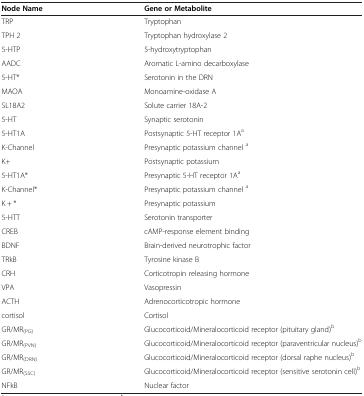
| Node Name | Gene or Metabolite |
 | --- | --- |
 | TRP | Tryptophan |
 | TPH 2 | Tryptophan hydroxylase 2 |
 | 5-HTP | 5-hydroxytryptophan |
 | AADC | Aromatic L-amino decarboxylase |
 | 5-HT* | Serotonin in the DRN |
 | MAOA | Monoamine-oxidase A |
 | SL18A2 | Solute carrier 18A-2 |
 | 5-HT | Synaptic serotonin |
 | 5-HT1A | Postsynaptic 5-HT receptor 1Aa |
 | K-Channel | Presynaptic potassium channel a |
 | K+ | Postsynaptic potassium |
 | 5-HT1A* | Presynaptic 5-HT receptor 1Aa |
 | K-Channel* | Presynaptic potassium channel a |
 | K + * | Presynaptic potassium |
 | 5-HTT | Serotonin transporter |
 | CREB | cAMP-response element binding |
 | BDNF | Brain-derived neurotrophic factor |
 | TRkB | Tyrosine kinase B |
 | CRH | Corticotropin releasing hormone |
 | VPA | Vasopressin |
 | ACTH | Adrenocorticotropic hormone |
 | cortisol | Cortisol |
 | GR/MR(PG) | Glucocorticoid/Mineralocorticoid receptor (pituitary gland)b |
 | GR/MR(PVN) | Glucocorticoid/Mineralocorticoid receptor (paraventricular nucleus)b |
 | GR/MR(DRN) | Glucocorticoid/Mineralocorticoid receptor (dorsal raphe nucleus)b |
 | GR/MR(SSC) | Glucocorticoid/Mineralocorticoid receptor (sensitive serotonin cell)b |
 | NFkB | Nuclear factor |